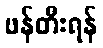
ဖန်တီးရန်